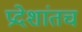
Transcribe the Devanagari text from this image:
प्रदेशांतच